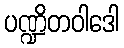
ပဏ္ဍိတဝါဒေါ